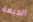
الجبهة